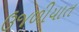
ઉજળીયાત